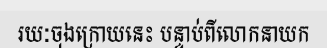
រយៈចុងក្រោយនេះ បន្ទាប់ពីលោកនាយក